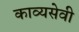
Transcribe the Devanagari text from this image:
काव्यसेवी